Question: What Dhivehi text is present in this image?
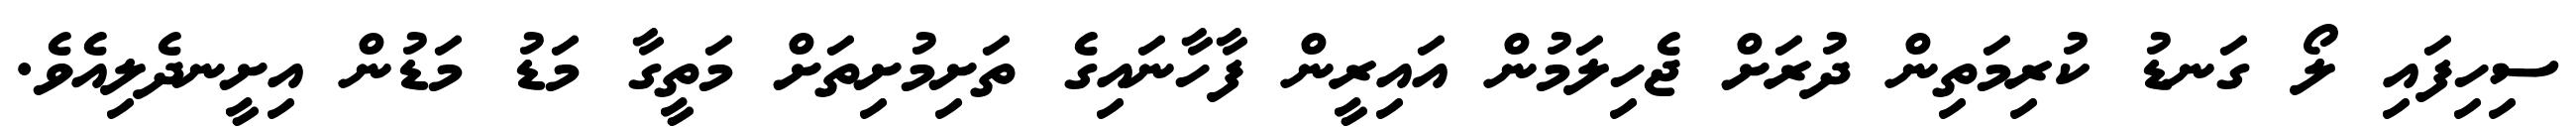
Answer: ސިހިފައި ލޯ ގަނޑު ކުރިމަތިން ދުރަށް ޖެހިލަމުން އައިރީން ފާހާނައިގެ ތަށިމުށިތަށް މަތީގާ މަޑު މަޑުން އިށީނދެލިއެވެ.